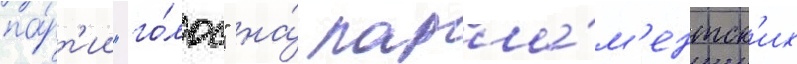
па́рт'ии "го́лос" на́ парла́м'ентск'их